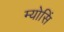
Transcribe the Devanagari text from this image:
म्योसिं